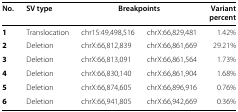
| No. | SV type | <COLSPAN=2> Breakpoints | Variant percent |
 | --- | --- | --- | --- | --- |
 | 1 | Translocation | chr15:49,498,516 | chrX:66,829,481 | 1.42% |
 | 2 | Deletion | chrX:66,812,839 | chrX:66,861,669 | 29.21% |
 | 3 | Deletion | chrX:66,813,091 | chrX:66,861,564 | 1.73% |
 | 4 | Deletion | chrX:66,830,140 | chrX:66,861,904 | 1.68% |
 | 5 | Deletion | chrX:66,874,605 | chrX:66,896,916 | 0.76% |
 | 6 | Deletion | chrX:66,941,805 | chrX:66,942,669 | 0.36% |